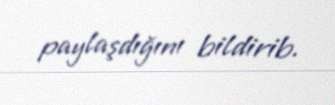
paylaşdığını bildirib.